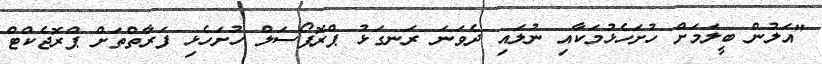
"އަލުން ބީލަމަށް ހުށަހެޅުމަކާއި ނުލައި ދެވަނަ ރަނގަޅު ޕްރޮޕޯސަލް ހުށަހެޅި ފަރާތްތަށް ޕްރޮޖެކްޓް